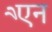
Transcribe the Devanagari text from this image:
एैन